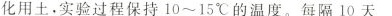
化用土。实验过程保持10~15℃的温度。每隔10天